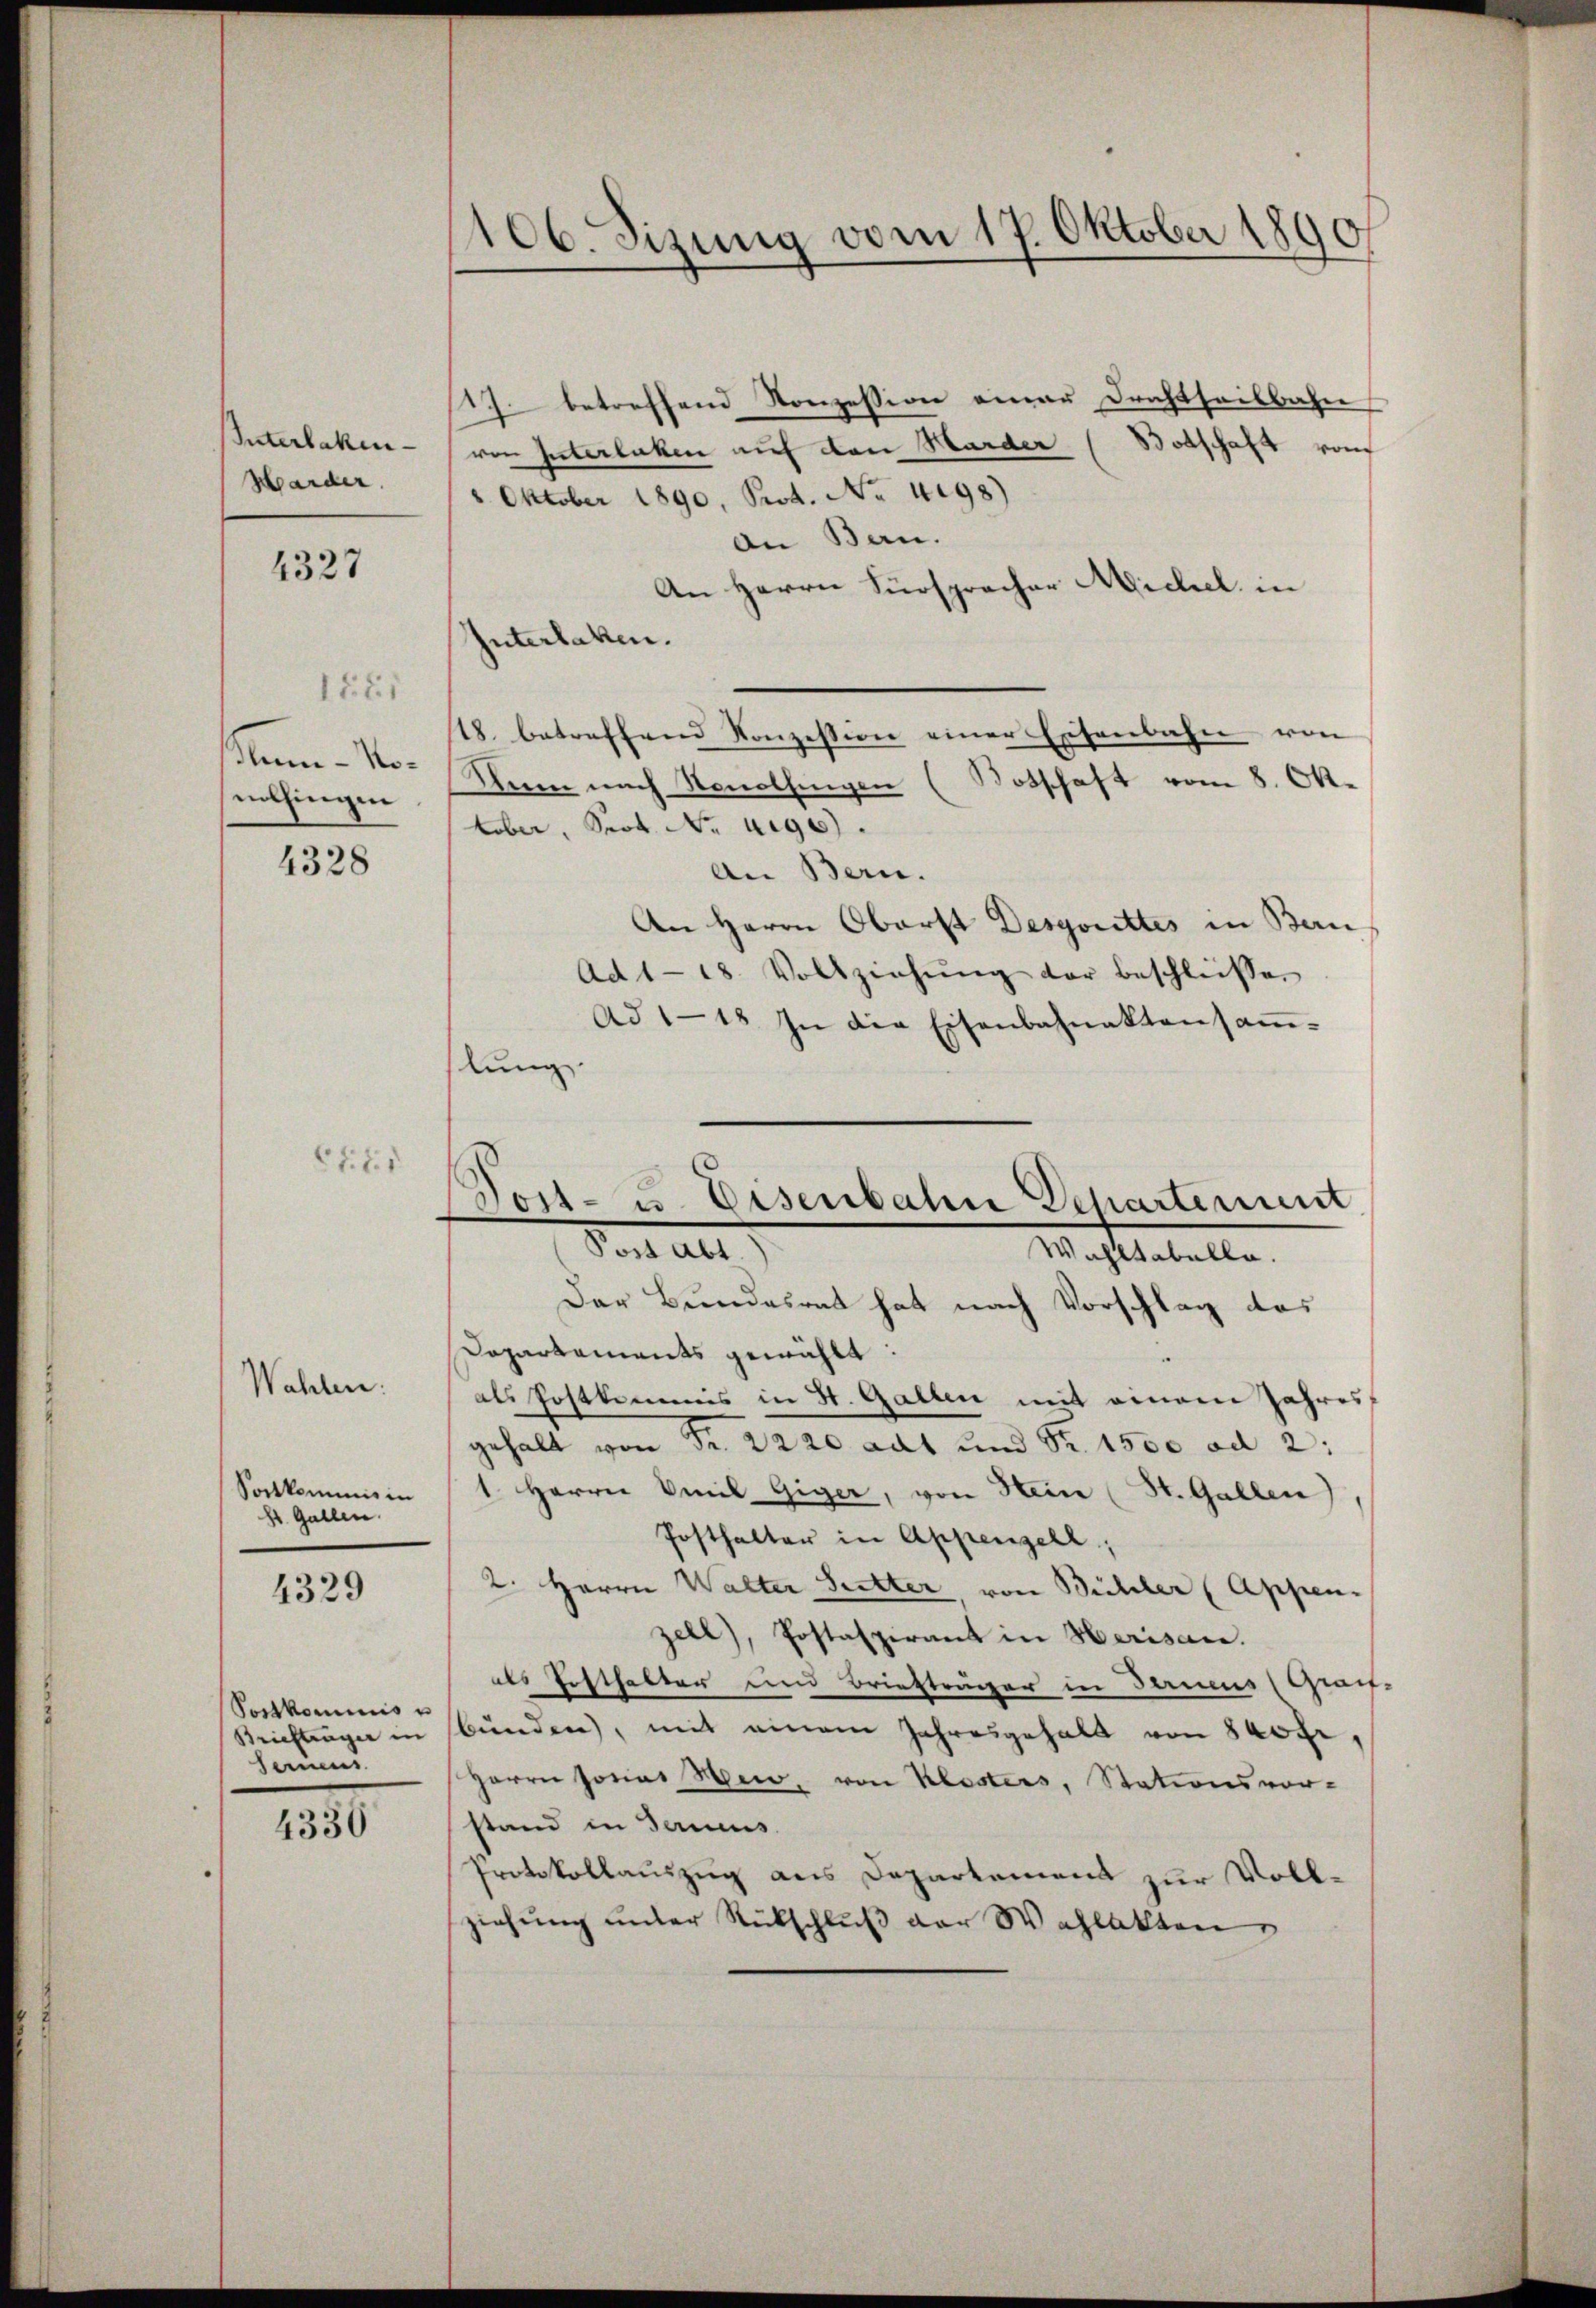
Interlaken-
Marder

4327

1581
Sum - Nonolfingen

4328

Sortkommis in
Hr. Gallen.
4329

Portkomicis u
Briefträger in
Seinens

10

C.1.1
Wahlen.

106. Sizung vom 17. Oktober 1890

Vost- u. Eisenbahn Departement
Post Abt.
Wahltabelle.

17. betreffend Konzession einer Drachtheilbahn
von Interlaken auf den Marder (Botschaft vom
2. Oktober 1890, Prot. No 4098)
an Ban.
An Herrn Fürspracher Michel in
Interlaken.
18. betreffend Konzession einer Eisenbahn von
Kann nach Nonolfingen (Botschaft vom 8. Ok-
tober, Sept No. uige.
An Bern.
An Herrn Oberst Desgorettes in Bern
Ad 118. Vollziehŭng der beschlüssen
Ad 118. In die Eisenbahnaktensam-
lung
Der Bundesrat hat nach Vorschlag das
Dopartements gewählt:
als Postkommis in St. Gallen mit einem Jahresgehalt von Fr. 2220 adt und Fr. 1500 ad 2:
1. Herrn Emil Giger, von Heine (St. Gallen),
Posthalter in Appenzell,
2. Herrn Walter Sutter, von Bühler (Appen-
zell), Postaspirant in Herisan.
als Posthalter und Briefträger in Ferneus (Graif-
bünden, mit einem Jahresgehalt von 800 fr,
Herrn socias Wer, von Klosters, Stationsvor-
stand in Terneus
Protokollauszug aus Departement zur Vollziehŭng ŭnter Rückschlŭβ der Wahlakten